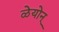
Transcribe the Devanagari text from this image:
ळेयोन्